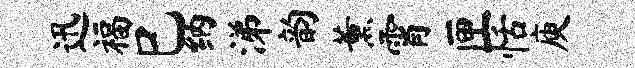
迅福巳纳涕韵薰霄匣恬庾